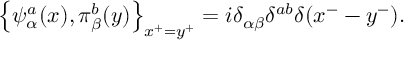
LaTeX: \left\{ \psi _ { \alpha } ^ { a } ( x ) , \pi _ { \beta } ^ { b } ( y ) \right\} _ { x ^ { + } = y ^ { + } } = i \delta _ { \alpha \beta } \delta ^ { a b } \delta ( x ^ { - } - y ^ { - } ) .